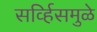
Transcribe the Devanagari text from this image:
सर्व्हिसमुळे